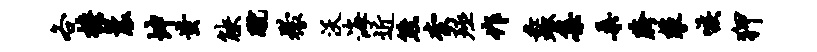
各檐曩坤蚩觖蹴檬沃海近熊柰殛作蠡集桑胯攀嗾狎